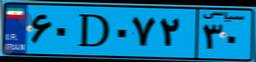
۶۰D۰۷۲۳۰